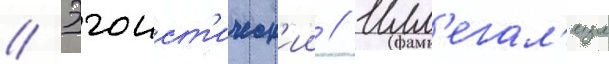
// Эгоист'ическ'ии // Илл'егал'изм